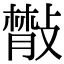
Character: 𢿨